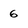
Character: 6